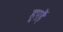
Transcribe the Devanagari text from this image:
हुएहैं